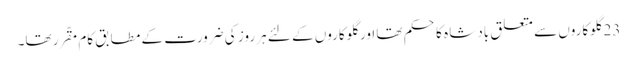
23 گلوکاروں سے متعلق بادشا ہ کا حکم تھا اور گلوکاروں کے لئے ہر روز کی ضرورت کے مطابق کام مقّرر تھا۔